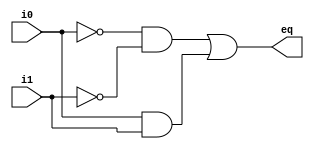

module eq1
   (
    input wire i0, i1,
    output wire eq
   );
   
   wire p0, p1;
   
   // sum of two product terms 
   // this is an xor gate
   assign eq = p0 | p1;
   // product terms
   assign p0 = ~i0 & ~i1;
   assign p1 = i0 & i1;

endmodule